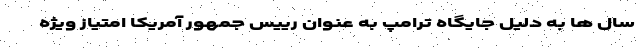
سال ها به دلیل جایگاه ترامپ به عنوان رییس جمهور آمریکا امتیاز ویژه